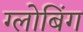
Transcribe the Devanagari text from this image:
ग्लोबिंग